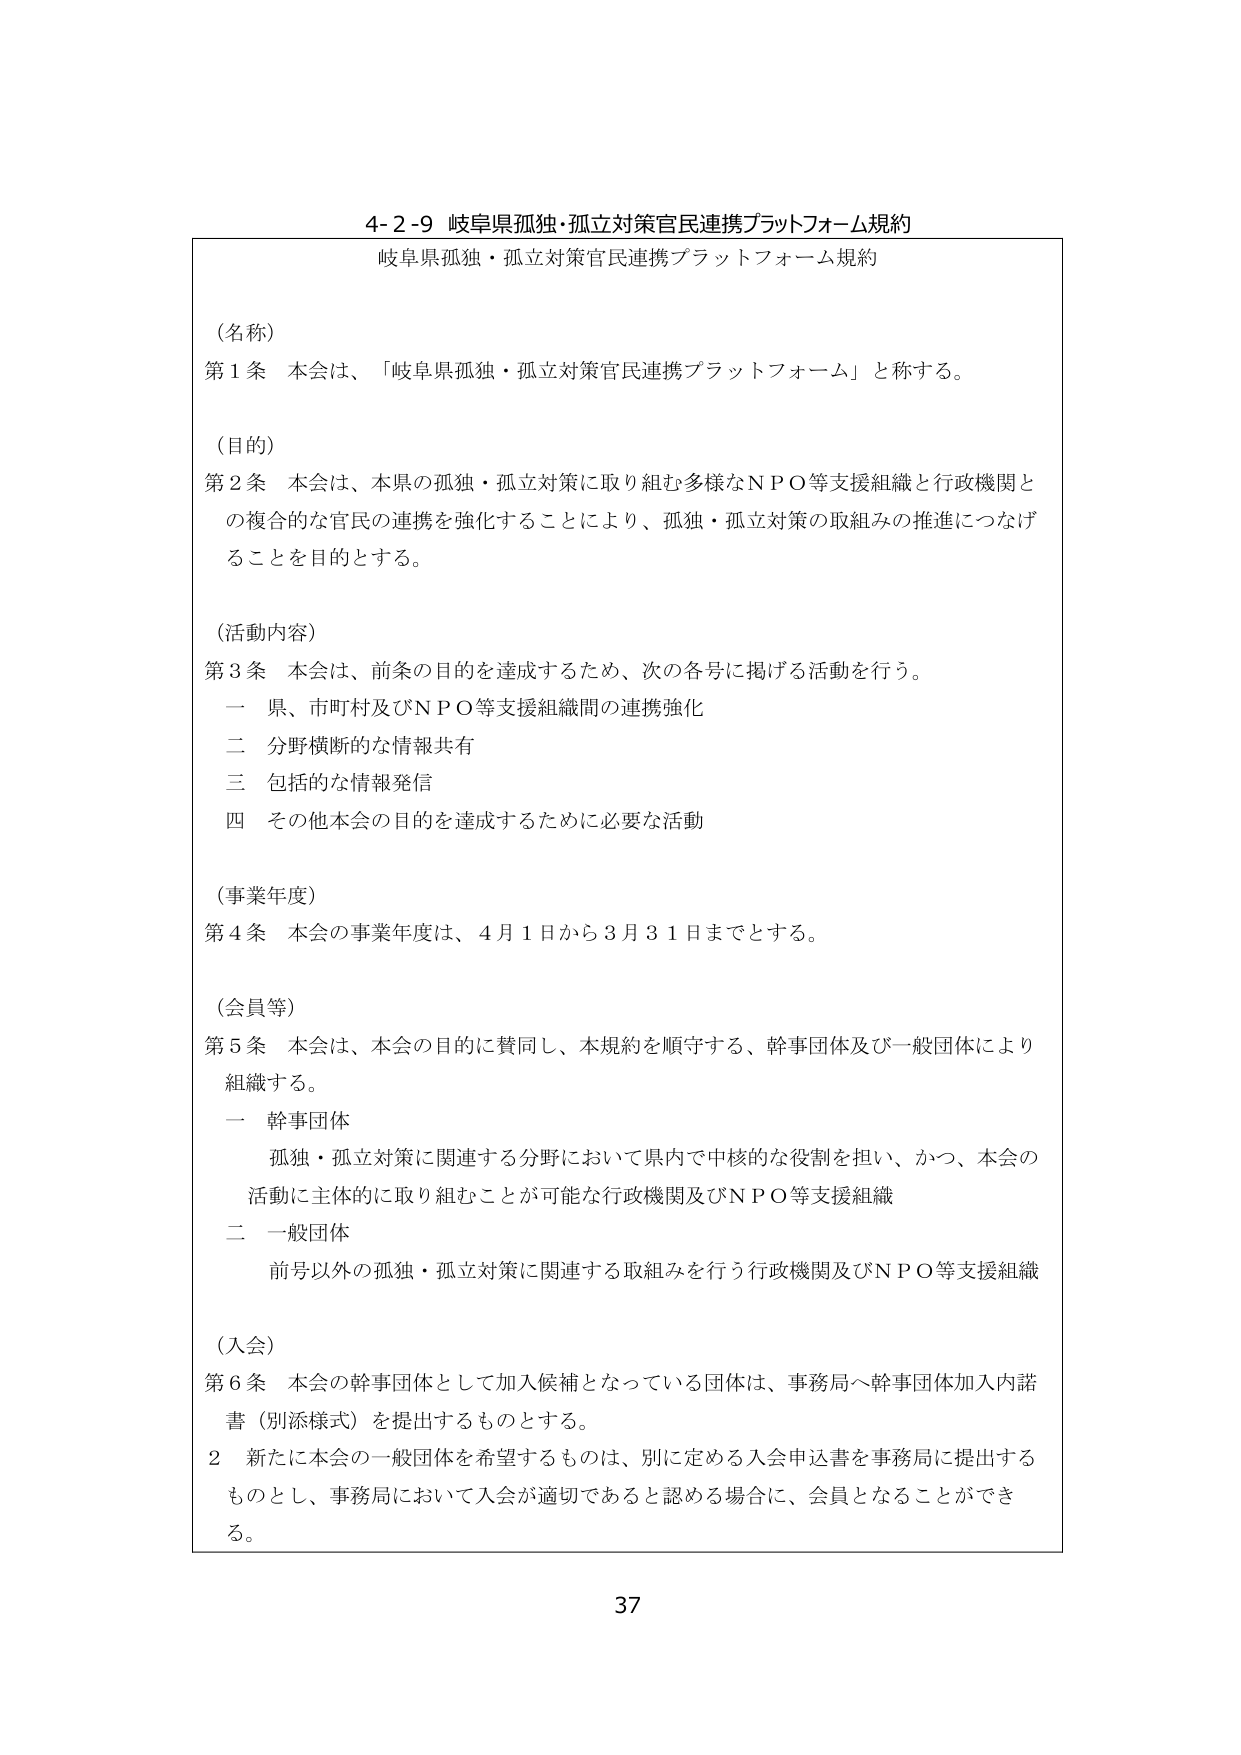
4-2-9 岐阜県孤独・孤立対策官民連携プラットフォーム規約
岐阜県孤独・孤立対策官民連携プラットフォーム規約

（名称）
第1条 本会は、「岐阜県孤独・孤立対策官民連携プラットフォーム」と称する。

（目的）
第2条 本会は、本県の孤独・孤立対策に取り組む多様なＮＰＯ等支援組織と行政機関との複合的な官民の連携を強化することにより、孤独・孤立対策の取組みの推進につなげることを目的とする。

（活動内容）
第3条 本会は、前条の目的を達成するため、次の各号に掲げる活動を行う。
　一 県、市町村及びＮＰＯ等支援組織間の連携強化
　二 分野横断的な情報共有
　三 包括的な情報発信
　四 その他本会の目的を達成するために必要な活動

（事業年度）
第4条 本会の事業年度は、4月1日から3月31日までとする。

（会員等）
第5条 本会は、本会の目的に賛同し、本規約を順守する、幹事団体及び一般団体により組織する。
　一 幹事団体
　　　孤独・孤立対策に関連する分野において県内で中核的な役割を担い、かつ、本会の活動に主体的に取り組むことが可能な行政機関及びＮＰＯ等支援組織
　二 一般団体
　　　前号以外の孤独・孤立対策に関連する取組みを行う行政機関及びＮＰＯ等支援組織

（入会）
第6条 本会の幹事団体として加入候補となっている団体は、事務局へ幹事団体加入内諾書（別添様式）を提出するものとする。
　2 新たに本会の一般団体を希望するものは、別に定める入会申込書を事務局に提出するものとし、事務局において入会が適切であると認める場合に、会員となることができる。

37